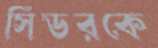
সিডরকে